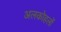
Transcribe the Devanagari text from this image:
अलकोहलों